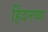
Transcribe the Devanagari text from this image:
हिंदनच्या